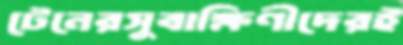
টেনেরসুবাক্ষিণীদেরই